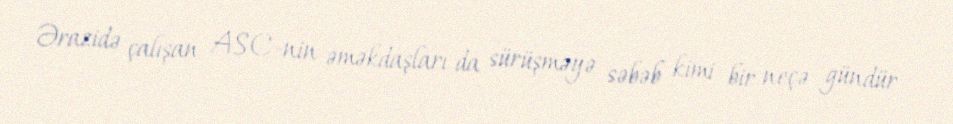
Ərazidə çalışan ASC-nin əməkdaşları da sürüşməyə səbəb kimi bir neçə gündür